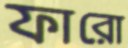
ফারো